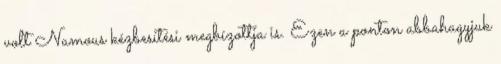
volt Namous kézbesítési megbízottja is. Ezen a ponton abbahagyjuk